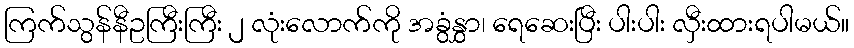
ကြက်သွန်နီဥကြီးကြီး ၂ လုံးလောက်ကို အခွံနွှာ၊ ရေဆေးပြီး ပါးပါး လှီးထားရပါမယ်။